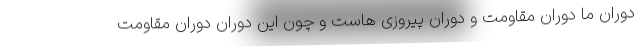
دوران ما دوران مقاومت و دوران پیروزی هاست و چون این دوران دوران مقاومت